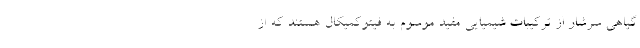
گیاهی سرشار از ترکیبات شیمیایی مفید موسوم به فیتوکمیکال هستند که از